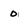
Character: 0